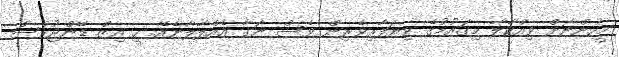
މީހުންނަށް ވިއްކާލާ މިގައުމުގެ ވިޔަފާރިވެރިން ވެސް ނަގާ އެއްލާލާނެއޭ. ހީ އިޒް ޑޭންޖުރެސް